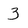
Character: 3